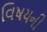
વિષયની